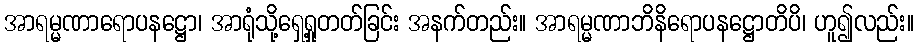
အာရမ္မဏာရောပနဋ္ဌော၊ အာရုံသို့ရှေ့ရှုတတ်ခြင်း အနက်တည်း။ အာရမ္မဏာဘိနိရောပနဋ္ဌောတိပိ၊ ဟူ၍လည်း။